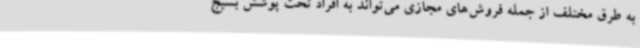
به طرق مختلف از جمله فروش‌های مجازی می‌تواند به افراد تحت پوشش بسیج